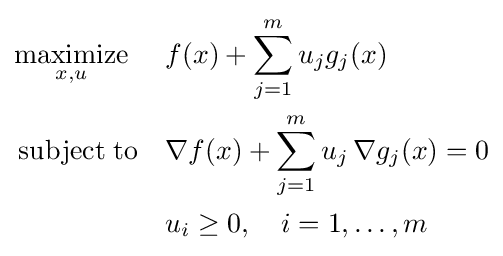
{\begin{aligned}&{\underset {x,u}{\operatorname {maximize} }}&&f(x)+\sum _{j=1}^{m}u_{j}g_{j}(x)\\&\operatorname {subject\;to} &&\nabla f(x)+\sum _{j=1}^{m}u_{j}\,\nabla g_{j}(x)=0\\&&&u_{i}\geq 0,\quad i=1,\ldots ,m\end{aligned}}